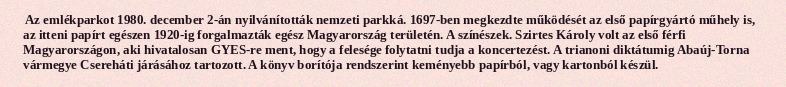
Az emlékparkot 1980. december 2-án nyilvánították nemzeti parkká. 1697-ben megkezdte működését az első papírgyártó műhely is, az itteni papírt egészen 1920-ig forgalmazták egész Magyarország területén. A színészek. Szirtes Károly volt az első férfi Magyarországon, aki hivatalosan GYES-re ment, hogy a felesége folytatni tudja a koncertezést. A trianoni diktátumig Abaúj-Torna vármegye Csereháti járásához tartozott. A könyv borítója rendszerint keményebb papírból, vagy kartonból készül.